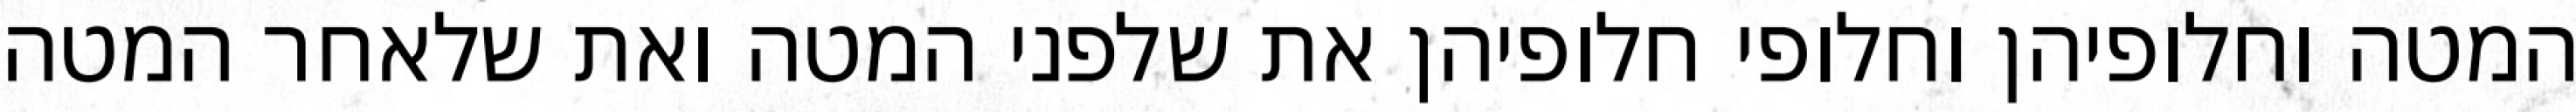
המטה וחלופיהן וחלופי חלופיהן את שלפני המטה ואת שלאחר המטה